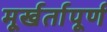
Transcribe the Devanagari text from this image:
मूर्खर्तापूर्ण